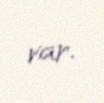
var.